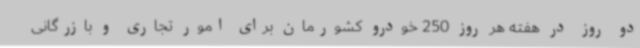
دو روز در هفته هر روز 250 خودرو کشورمان برای امور تجاری و بازرگانی